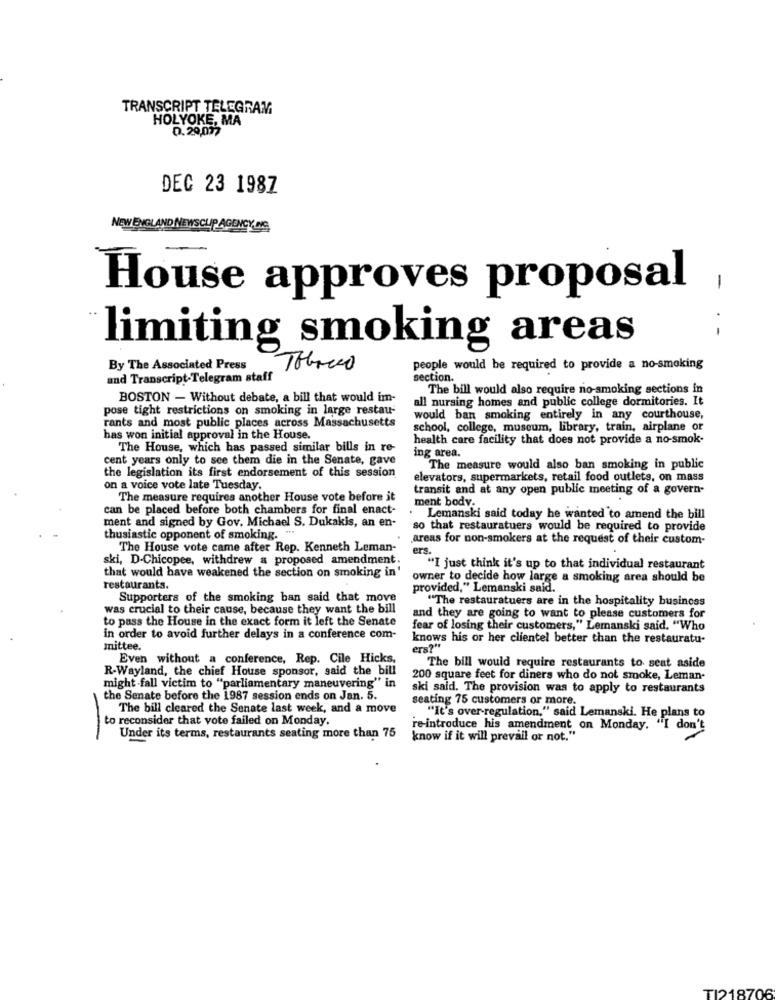
TRANSCRIPT TELEGRAM
HOLYOKE, MA
0.20077
DEC 23 1987
NEW ENGLAND NEWSCLIP AGENCY. NG,
House approves proposal
-.-
limiting smoking areas
By The Associated Press
people would be required to provide a no-smoking
and Transcript-Telegram staff
section.
The bill would also require no-smoking sections in
BOSTON - Without debate, a bill that would im-
all nursing homes and public college dormitories. It
pose tight restrictions on smoking in large restau-
rants and most public places across Massachusetts
would ban smoking entirely in any courthouse,
school, college, museum, library, train, airplane or
has won initial approval in the House.
health care facility that does not provide a no-smok-
The House, which has passed similar bills in re-
cent years only to see them die in the Senate, gave
ing area.
the legislation its first endorsement of this session
The measure would also ban smoking in public
elevators, supermarkets, retail food outlets, on mass
on a voice vote late Tuesday.
transit and at any open public meeting of a govern-
The measure requires another House vote before it
ment body.
can be placed before both chambers for final enact-
ment and signed by Gov. Michael S. Dukakis, an en-
Lemanski said today he wanted to amend the bill
so that restauratuers would be required to provide
thusiastic opponent of smoking.
areas for non-smokers at the request of their custom-
The House vote came after Rep. Kenneth Leman-
ers.
ski, D-Chicopee, withdrew a proposed amendment
that would have weakened the section on smoking in
"I just think it's up to that individual restaurant
owner to decide how large a smoking area should be
restaurants.
provided," Lemanski said.
Supporters of the smoking ban said that move
"The restauratuers are in the hospitality business
was crucial to their cause, because they want the bill
to pass the House in the exact form it left the Senate
and they are going to want to please customers for
fear of losing their customers," Lemanski said, "Who
in order to avoid further delays in a conference com-
knows his or her clientel better than the restauratu-
mittee.
era?"
Even without a conference, Rep. Cile Hicks,
R-Wayland, the chief House sponsor, said the bill
The bill would require restaurants to seat aside
200 square feet for diners who do not smoke, Leman-
might fall victim to "parliamentary maneuvering" in
ski said. The provision was to apply to restaurants
the Senate before the 1987 session ends on Jan. 5.
seating 75 customers or more.
The bill cleared the Senate last week, and a move
"It's over-regulation," said Lemanski. He plans to
to reconsider that vote failed on Monday.
re-introduce his amendment on Monday. "I don't
Under its terms, restaurants seating more than 75
know if it will prevail or not."
T1218706